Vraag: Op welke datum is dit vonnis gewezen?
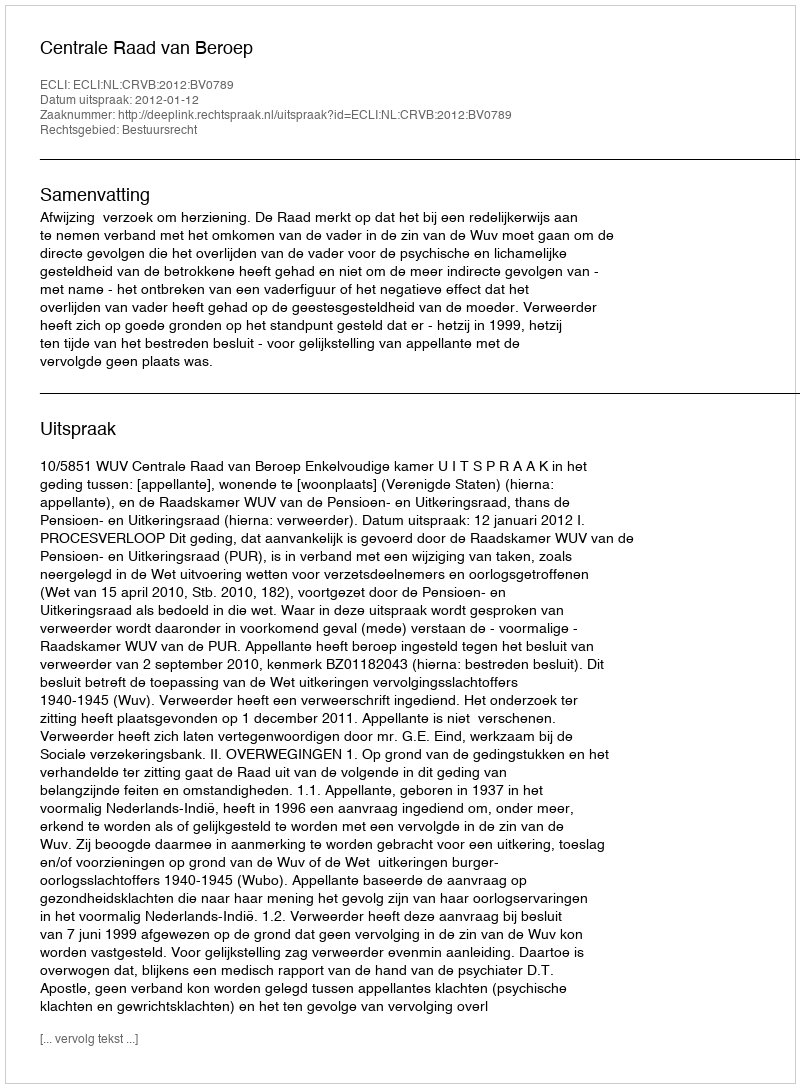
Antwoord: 2012-01-12